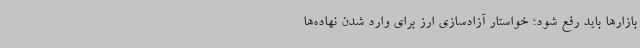
بازارها باید رفع شود؛ خواستار آزادسازی ارز برای وارد شدن نهاده‌ها